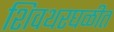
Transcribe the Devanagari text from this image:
शिवथरघळीत